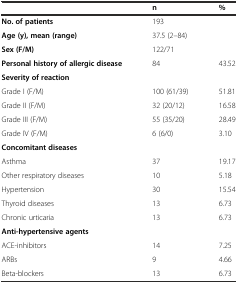
|  | n | % |
 | --- | --- | --- |
 | No. of patients | 193 |  |
 | Age (y), mean (range) | 37.5 (2–84) |  |
 | Sex (F/M) | 122/71 |  |
 | Personal history of allergic disease | 84 | 43.52 |
 | <COLSPAN=3> Severity of reaction |
 | Grade I (F/M) | 100 (61/39) | 51.81 |
 | Grade II (F/M) | 32 (20/12) | 16.58 |
 | Grade III (F/M) | 55 (35/20) | 28.49 |
 | Grade IV (F/M) | 6 (6/0) | 3.10 |
 | <COLSPAN=3> Concomitant diseases |
 | Asthma | 37 | 19.17 |
 | Other respiratory diseases | 10 | 5.18 |
 | Hypertension | 30 | 15.54 |
 | Thyroid diseases | 13 | 6.73 |
 | Chronic urticaria | 13 | 6.73 |
 | <COLSPAN=3> Anti-hypertensive agents |
 | ACE-inhibitors | 14 | 7.25 |
 | ARBs | 9 | 4.66 |
 | Beta-blockers | 13 | 6.73 |